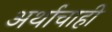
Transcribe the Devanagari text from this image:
अर्थाचाही